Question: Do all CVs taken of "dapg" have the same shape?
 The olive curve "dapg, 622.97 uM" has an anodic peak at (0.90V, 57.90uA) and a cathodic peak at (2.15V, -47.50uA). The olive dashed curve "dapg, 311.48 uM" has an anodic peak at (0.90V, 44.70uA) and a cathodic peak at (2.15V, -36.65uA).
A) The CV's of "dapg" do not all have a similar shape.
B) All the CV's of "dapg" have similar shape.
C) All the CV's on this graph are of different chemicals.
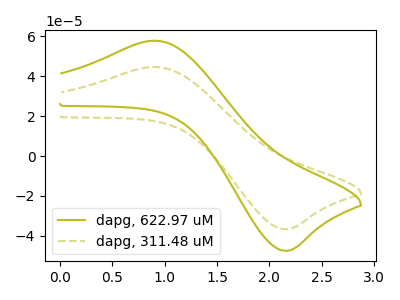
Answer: <think>All the peaks in "dapg, 622.97 uM" have a peak in "dapg, 311.48 uM" at the same potential. Every peak in "dapg, 622.97 uM" is higher than every peak in "dapg, 311.48 uM".
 </think>
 <answer>B) All the CV's of "dapg" have similar shape.</answer>
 <eval>B</eval>